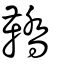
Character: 鞽